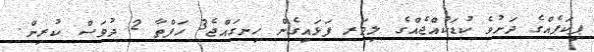
ޕިކަޕެއްގެ ދަށުވެ ކުޑަކުއްޖެއްގެ ލިވަރ ފަޅައިގެން ހިނގައްޖެ3 ހަފްތާ 2 ދުވަސް ކުރިން.